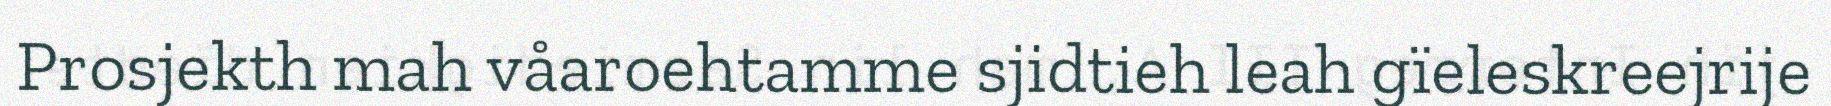
Prosjekth mah våaroehtamme sjidtieh leah gïeleskreejrije